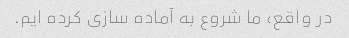
در واقع، ما شروع به آماده سازی کرده ایم.